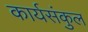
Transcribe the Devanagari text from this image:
कार्यसंकुल